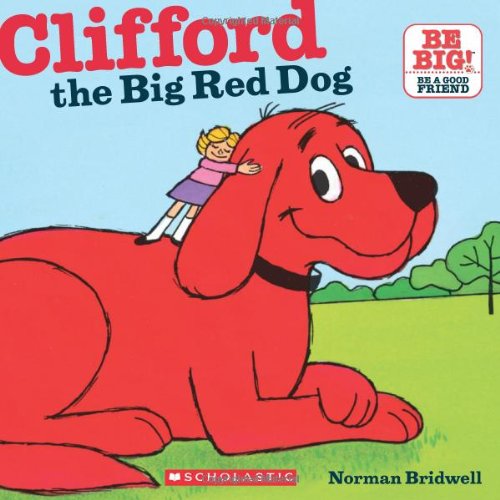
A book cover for Clifford The Big Red Dog (Clifford 8x8); Norman Bridwell; Children's Books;